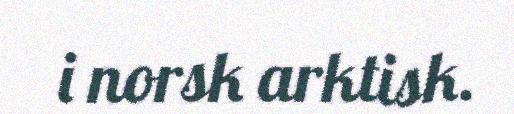
i norsk arktisk.